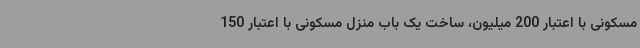
مسکونی با اعتبار 200 میلیون، ساخت یک باب منزل مسکونی با اعتبار 150